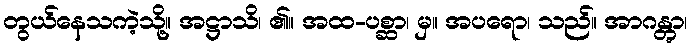
တွယ်နေသကဲ့သို့။ အဋ္ဌာသိ၊ ၏။ အထ-ပစ္ဆာ၊ မှ။ အပရော၊ သည်။ အာဂန္တွာ၊